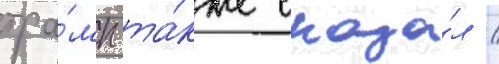
тра́мп та́кже сказа́л /